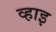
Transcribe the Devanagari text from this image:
व्हाइ